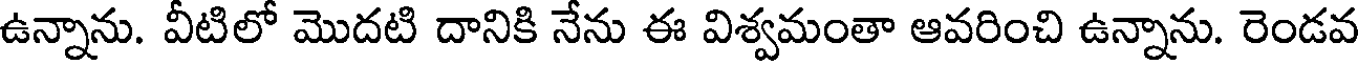
ఉన్నాను. వీటిలో మొదటి దానికి నేను ఈ విశ్వమంతా ఆవరించి ఉన్నాను. రెండవ